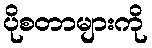
ပိုစတာများကို